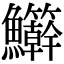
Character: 𬵾